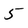
Character: 5